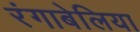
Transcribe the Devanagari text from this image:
रंगाबेलिया